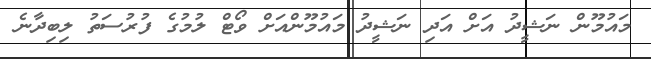
މައުމޫން ނަޝީދު އަށް އަދި ނަޝީދު މައުމޫންއަށް ވޯޓް ލުމުގެ ފުރުސަތު ލިބިދާނެ